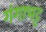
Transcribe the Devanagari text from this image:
गंगाभट्ट